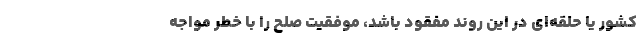
کشور یا حلقه‌ای در این روند مفقود باشد، موفقیت صلح را با خطر مواجه